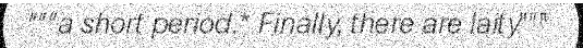
"""a short period.* Finally, there are laity"""